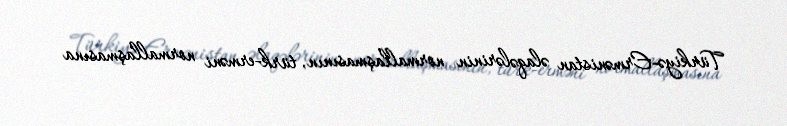
Türkiyə-Ermənistan əlaqələrinin normallaşmasının, türk-erməni normallaşmasına